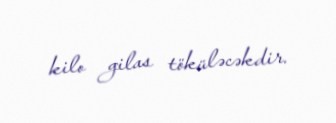
kilo gilas töküləcəkdir.